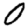
Digit: 0